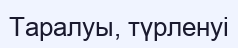
Таралуы, түрленуі